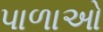
પાળાઓ